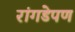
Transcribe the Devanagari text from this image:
रांगडेपण